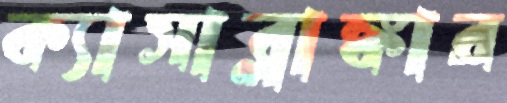
ক্যাসাব্লাঙ্কার